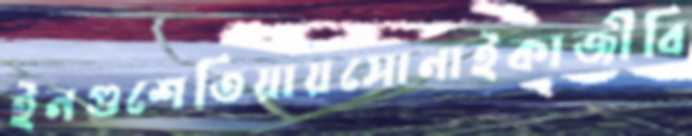
ইনগুশেতিয়ায়সোনাইকাজীবি